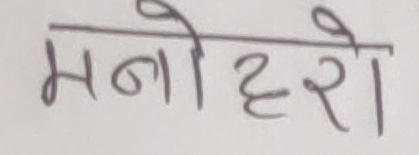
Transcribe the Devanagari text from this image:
मनोहरी